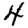
Digit: 4